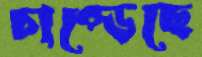
চাপ্‌ড়েছে